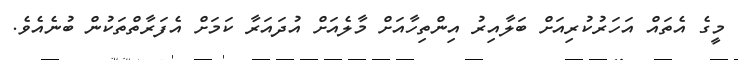
މީގެ އެތައް އަހަރުކުރިއަށް ބަލާއިރު އިންތިހާއަށް މާލެއަށް އުދައަރާ ކަމަށް އެފަރާތްތަކުން ބުނެއެވެ.